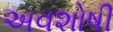
અવશોષી